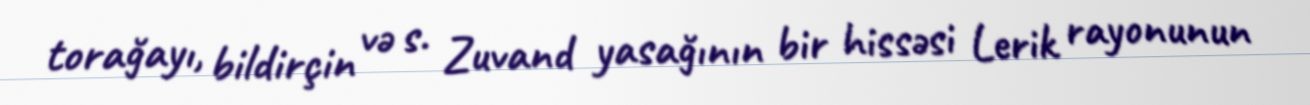
torağayı, bildirçin və s. Zuvand yasağının bir hissəsi Lerik rayonunun